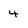
Character: 4